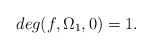
\begin{align*}deg(f, \Omega_1, 0) = 1.\end{align*}